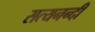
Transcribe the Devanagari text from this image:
सत्यनन्दी